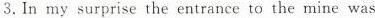
3.In my surprise the entrance to the mine was